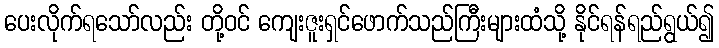
ပေးလိုက်ရသော်လည်း တို့ဝင် ကျေးဇူးရှင်ဖောက်သည်ကြီးများထံသို့ နိုင်ရန်ရည်ရွယ်၍